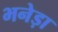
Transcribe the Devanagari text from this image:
भनेड़ा